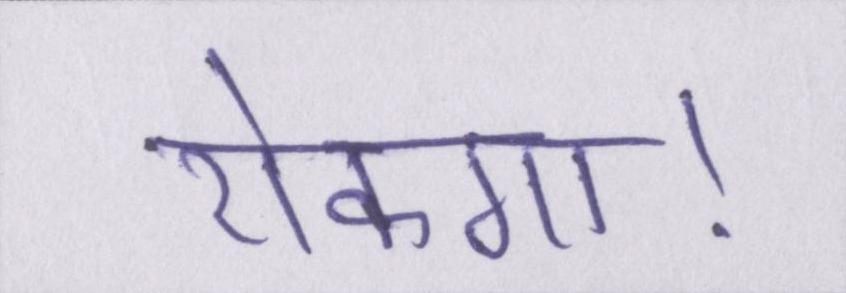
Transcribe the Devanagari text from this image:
रोकगा।